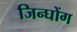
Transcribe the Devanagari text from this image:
जिन्घोंग